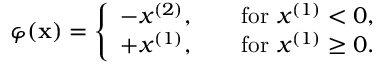
\varphi ( \mathbf x ) = \left\{ \begin{array} { l l } { - x ^ { ( 2 ) } , \qquad \mathrm { f o r \ } x ^ { ( 1 ) } < 0 , } \\ { + x ^ { ( 1 ) } , \qquad \mathrm { f o r \ } x ^ { ( 1 ) } \ge 0 . } \end{array} \right.